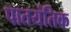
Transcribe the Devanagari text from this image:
पातयंतिक